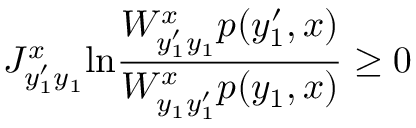
J _ { y _ { 1 } ^ { \prime } y _ { 1 } } ^ { x } \mathrm { l n } \frac { W _ { y _ { 1 } ^ { \prime } y _ { 1 } } ^ { x } p ( y _ { 1 } ^ { \prime } , x ) } { W _ { y _ { 1 } y _ { 1 } ^ { \prime } } ^ { x } p ( y _ { 1 } , x ) } \geq 0